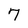
Character: 7